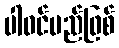
ပါဝင်မည်ဖြစ်